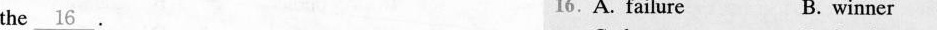
the\underline{16} . 16.A. Failure B. winner